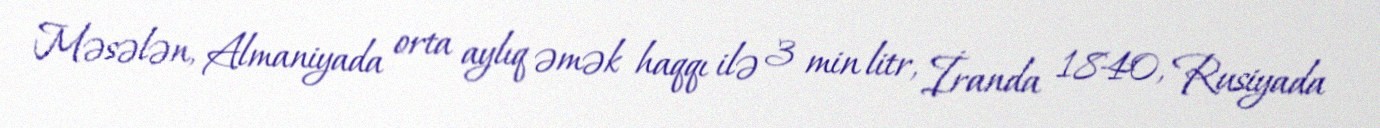
Məsələn, Almaniyada orta aylıq əmək haqqı ilə 3 min litr, İranda 1840, Rusiyada